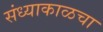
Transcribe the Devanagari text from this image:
संध्याकाळचा